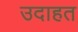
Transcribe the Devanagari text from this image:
उदाहत